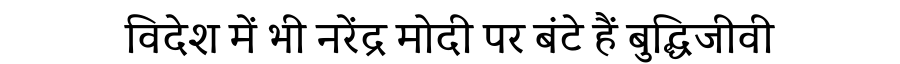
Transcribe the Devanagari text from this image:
विदेश में भी नरेंद्र मोदी पर बंटे हैं बुद्धिजीवी